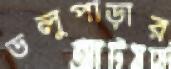
ডলুপাড়ার